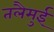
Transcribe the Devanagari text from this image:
तलैमुई